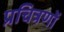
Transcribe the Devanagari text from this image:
प्रचित्रणों